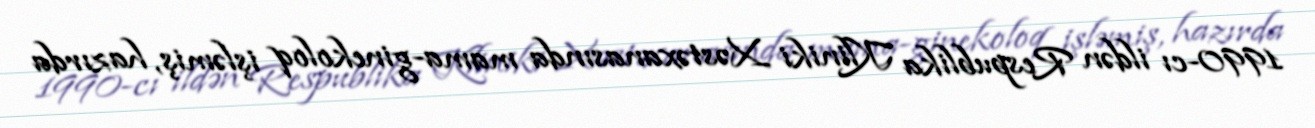
1990-cı ildən Respublika Kliniki Xəstəxanasında mama-ginekoloq işləmiş, hazırda